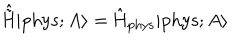
\hat { \tilde { \mathrm { H } } } | \mathrm { p h y s } ; A \rangle = \hat { \mathrm { H } } _ { \mathrm { p h y s } } | \mathrm { p h y s } ; A \rangle